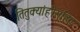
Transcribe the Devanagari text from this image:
तितुक्यांहीसहित